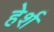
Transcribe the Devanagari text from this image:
हेर्श